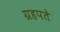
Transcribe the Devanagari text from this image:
ग्रहपते